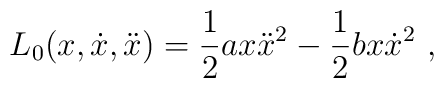
L_0(x,\dot{x},\ddot{x})=\frac{1}{2}ax\ddot{x}^2-\frac{1}{2}bx\dot{x}^2\ ,